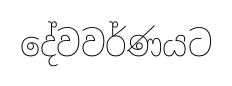
දේවවර්ණයට